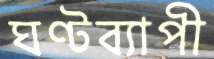
ঘণ্টব্যাপী